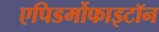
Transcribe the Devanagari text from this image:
एपिडर्मोफाइटॉन